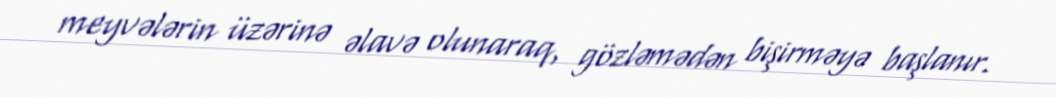
meyvələrin üzərinə əlavə olunaraq, gözləmədən bişirməyə başlanır.